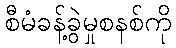
စီမံခန့်ခွဲမှုစနစ်ကို